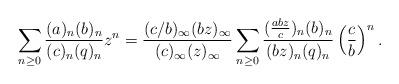
LaTeX: \begin{align*}\sum_{n \geq 0} \frac{(a)_n(b)_n}{(c)_n(q)_n}z^n = \frac{(c/b)_{\infty}(bz)_{\infty}}{(c)_{\infty}(z)_{\infty}}\sum_{n \geq 0} \frac{(\frac{abz}{c})_n(b)_n}{(bz)_n(q)_n} \left(\frac{c}{b}\right)^n.\end{align*}